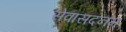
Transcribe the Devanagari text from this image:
सेवासदनम